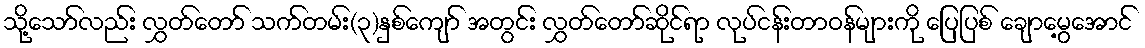
သို့သော်လည်း လွှတ်တော် သက်တမ်း(၃)နှစ်ကျော် အတွင်း လွှတ်တော်ဆိုင်ရာ လုပ်ငန်းတာဝန်များကို ပြေပြစ် ချောမွေ့အောင်